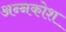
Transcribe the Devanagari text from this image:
अन्‍नकोश